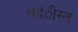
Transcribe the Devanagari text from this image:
बंदंीस्त